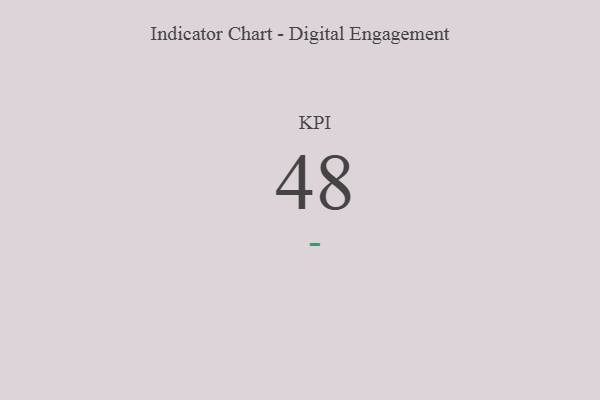
{"axis": {"x": "KPI", "y": "Value"}, "legend": [""], "data": [{"x": "KPI", "y": 48, "type": ""}]}